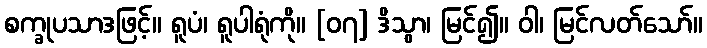
စက္ခုပသာဒဖြင့်။ ရူပံ၊ ရူပါရုံကို။ [၀၇] ဒိသွာ၊ မြင်၍။ ဝါ၊ မြင်လတ်သော်။